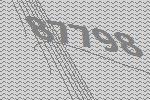
87798